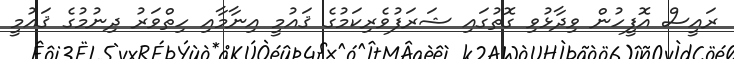
ރައީސް އޮފީހުން ވިދާޅުވި ގޮތުގައި ޝަރަފުވެރިކަމުގެ ޤައުމީ އިނާމާއި ހިތްވަރު ދިނުމުގެ ޤައުމީ